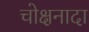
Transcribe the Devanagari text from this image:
चोक्षनादा